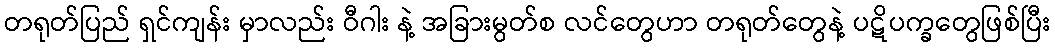
တရုတ်ပြည် ရှင်ကျန်း မှာလည်း ဝီဂါး နဲ့ အခြားမွတ်စ လင်တွေဟာ တရုတ်တွေနဲ့ ပဋိပက္ခတွေဖြစ်ပြီး